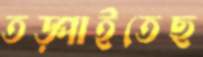
তড়্‌পাইতেছ